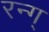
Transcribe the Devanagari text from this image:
रन्ग्